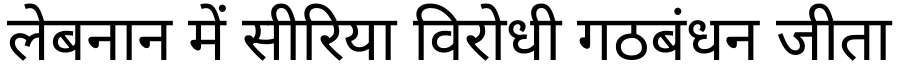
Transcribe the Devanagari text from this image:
लेबनान में सीरिया विरोधी गठबंधन जीता